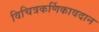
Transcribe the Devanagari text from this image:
विचित्रकर्णिकावदान